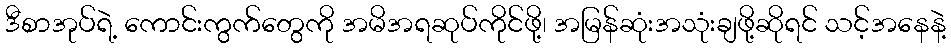
ဒီစာအုပ်ရဲ့ ကောင်းကွက်တွေကို အမိအရဆုပ်ကိုင်ဖို့၊ အမြန်ဆုံးအသုံးချဖို့ဆိုရင် သင့်အနေနဲ့